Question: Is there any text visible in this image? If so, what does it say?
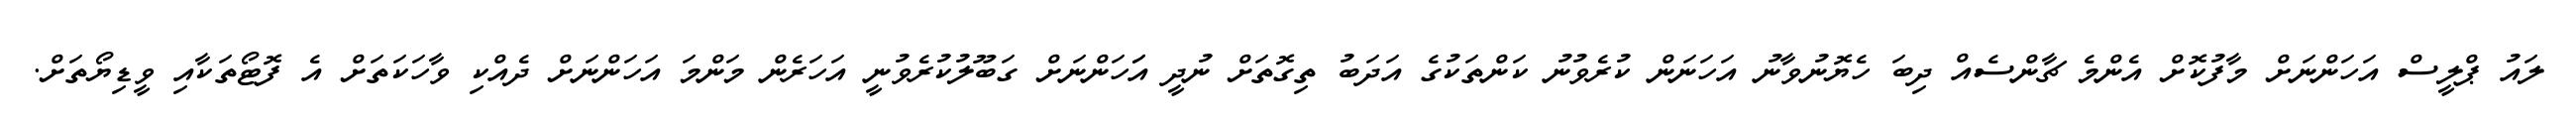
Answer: ލައު ޕްލީސް އަހަންނަށް މާފުކޮށް އެންމެ ޗާންސެއް ދިބަ ހެޔޮނުވާނު އަހަނަން ކުރެވުނު ކަންތަކުގެ އަދަބު ތިގޮތަށް ނުދީ އަަހަންނަށް ގަބޫލުކުރެވުނީ އަހަރެން މަންމަ އަހަންނަށް ދެއްކި ވާހަކަތަށް އެ ފޮޓޯތަކާއި ވީޑިޔޯތަށް.